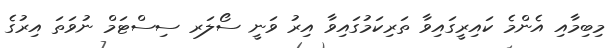
މިބިމާއި އެންމެ ކައިރީގައިވާ ތަރިކަމުގައިވާ އިރު ވަނީ ސޯލަރ ސިސްޓަމް ނުވަތަ އިރުގެ